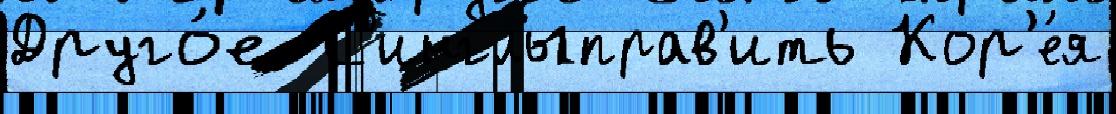
Друго́е  С'инглыправ'ить Кор'е́я